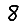
Digit: 8